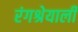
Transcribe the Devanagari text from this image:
रंगश्रेयाली